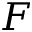
F